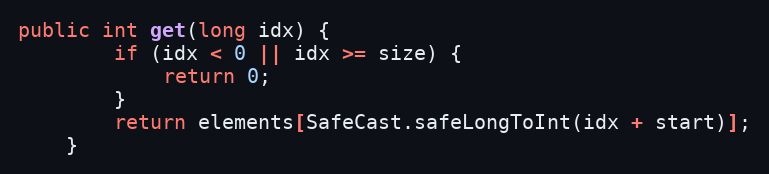
Language: Java
public int get(long idx) {
        if (idx < 0 || idx >= size) {
            return 0;
        }
        return elements[SafeCast.safeLongToInt(idx + start)];
    }